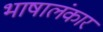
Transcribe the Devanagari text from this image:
भाषालंकार